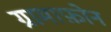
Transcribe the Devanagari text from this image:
ग्रामाफ़ोन